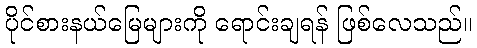
ပိုင်စားနယ်မြေများကို ရောင်းချရန် ဖြစ်လေသည်။